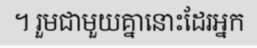
។ រួមជាមួយគ្នានោះដែរអ្នក